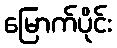
မြောက်ပိုင်း